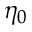
\eta _ { 0 }